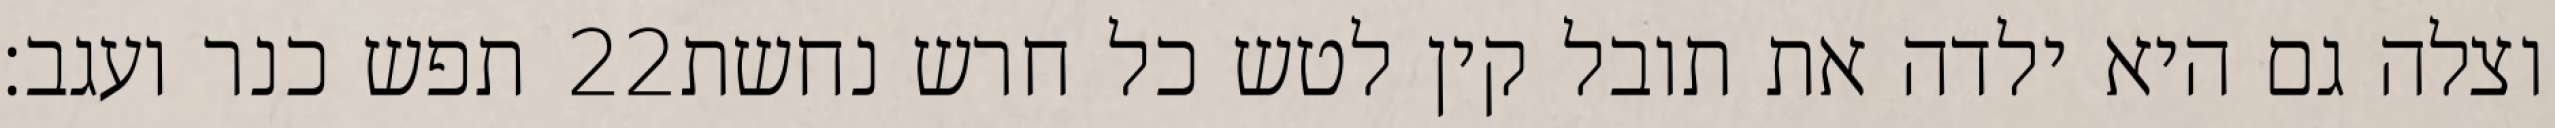
תפש כנר ועגב׃ ‎22‏ וצלה גם היא ילדה את תובל קין לטש כל חרש נחשת